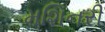
મશિનરી